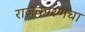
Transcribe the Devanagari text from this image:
राजकारणचा